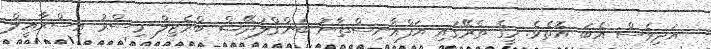
އަދިވެސް އެބަ އޮތެވެ. މީގެ ތެރޭގައި އަފްޣާނިސްތާނު ބަންގްލަދޭޝް ބްރެޒިލް މިސްރު އިސްރާއީލް